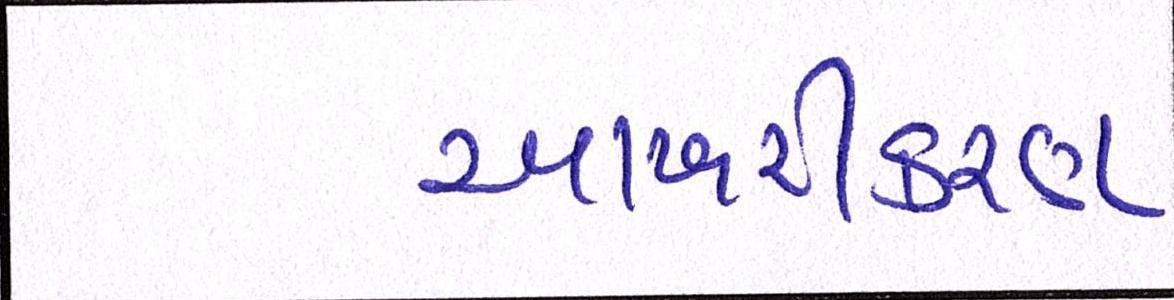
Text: આખરીકરણ